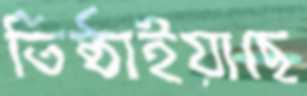
তিষ্ঠাইয়াছে